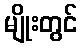
မျိုးတွင်